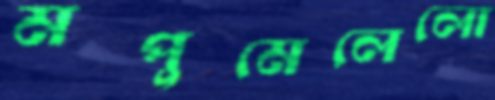
মপুমেলেলো